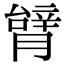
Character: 𦠋